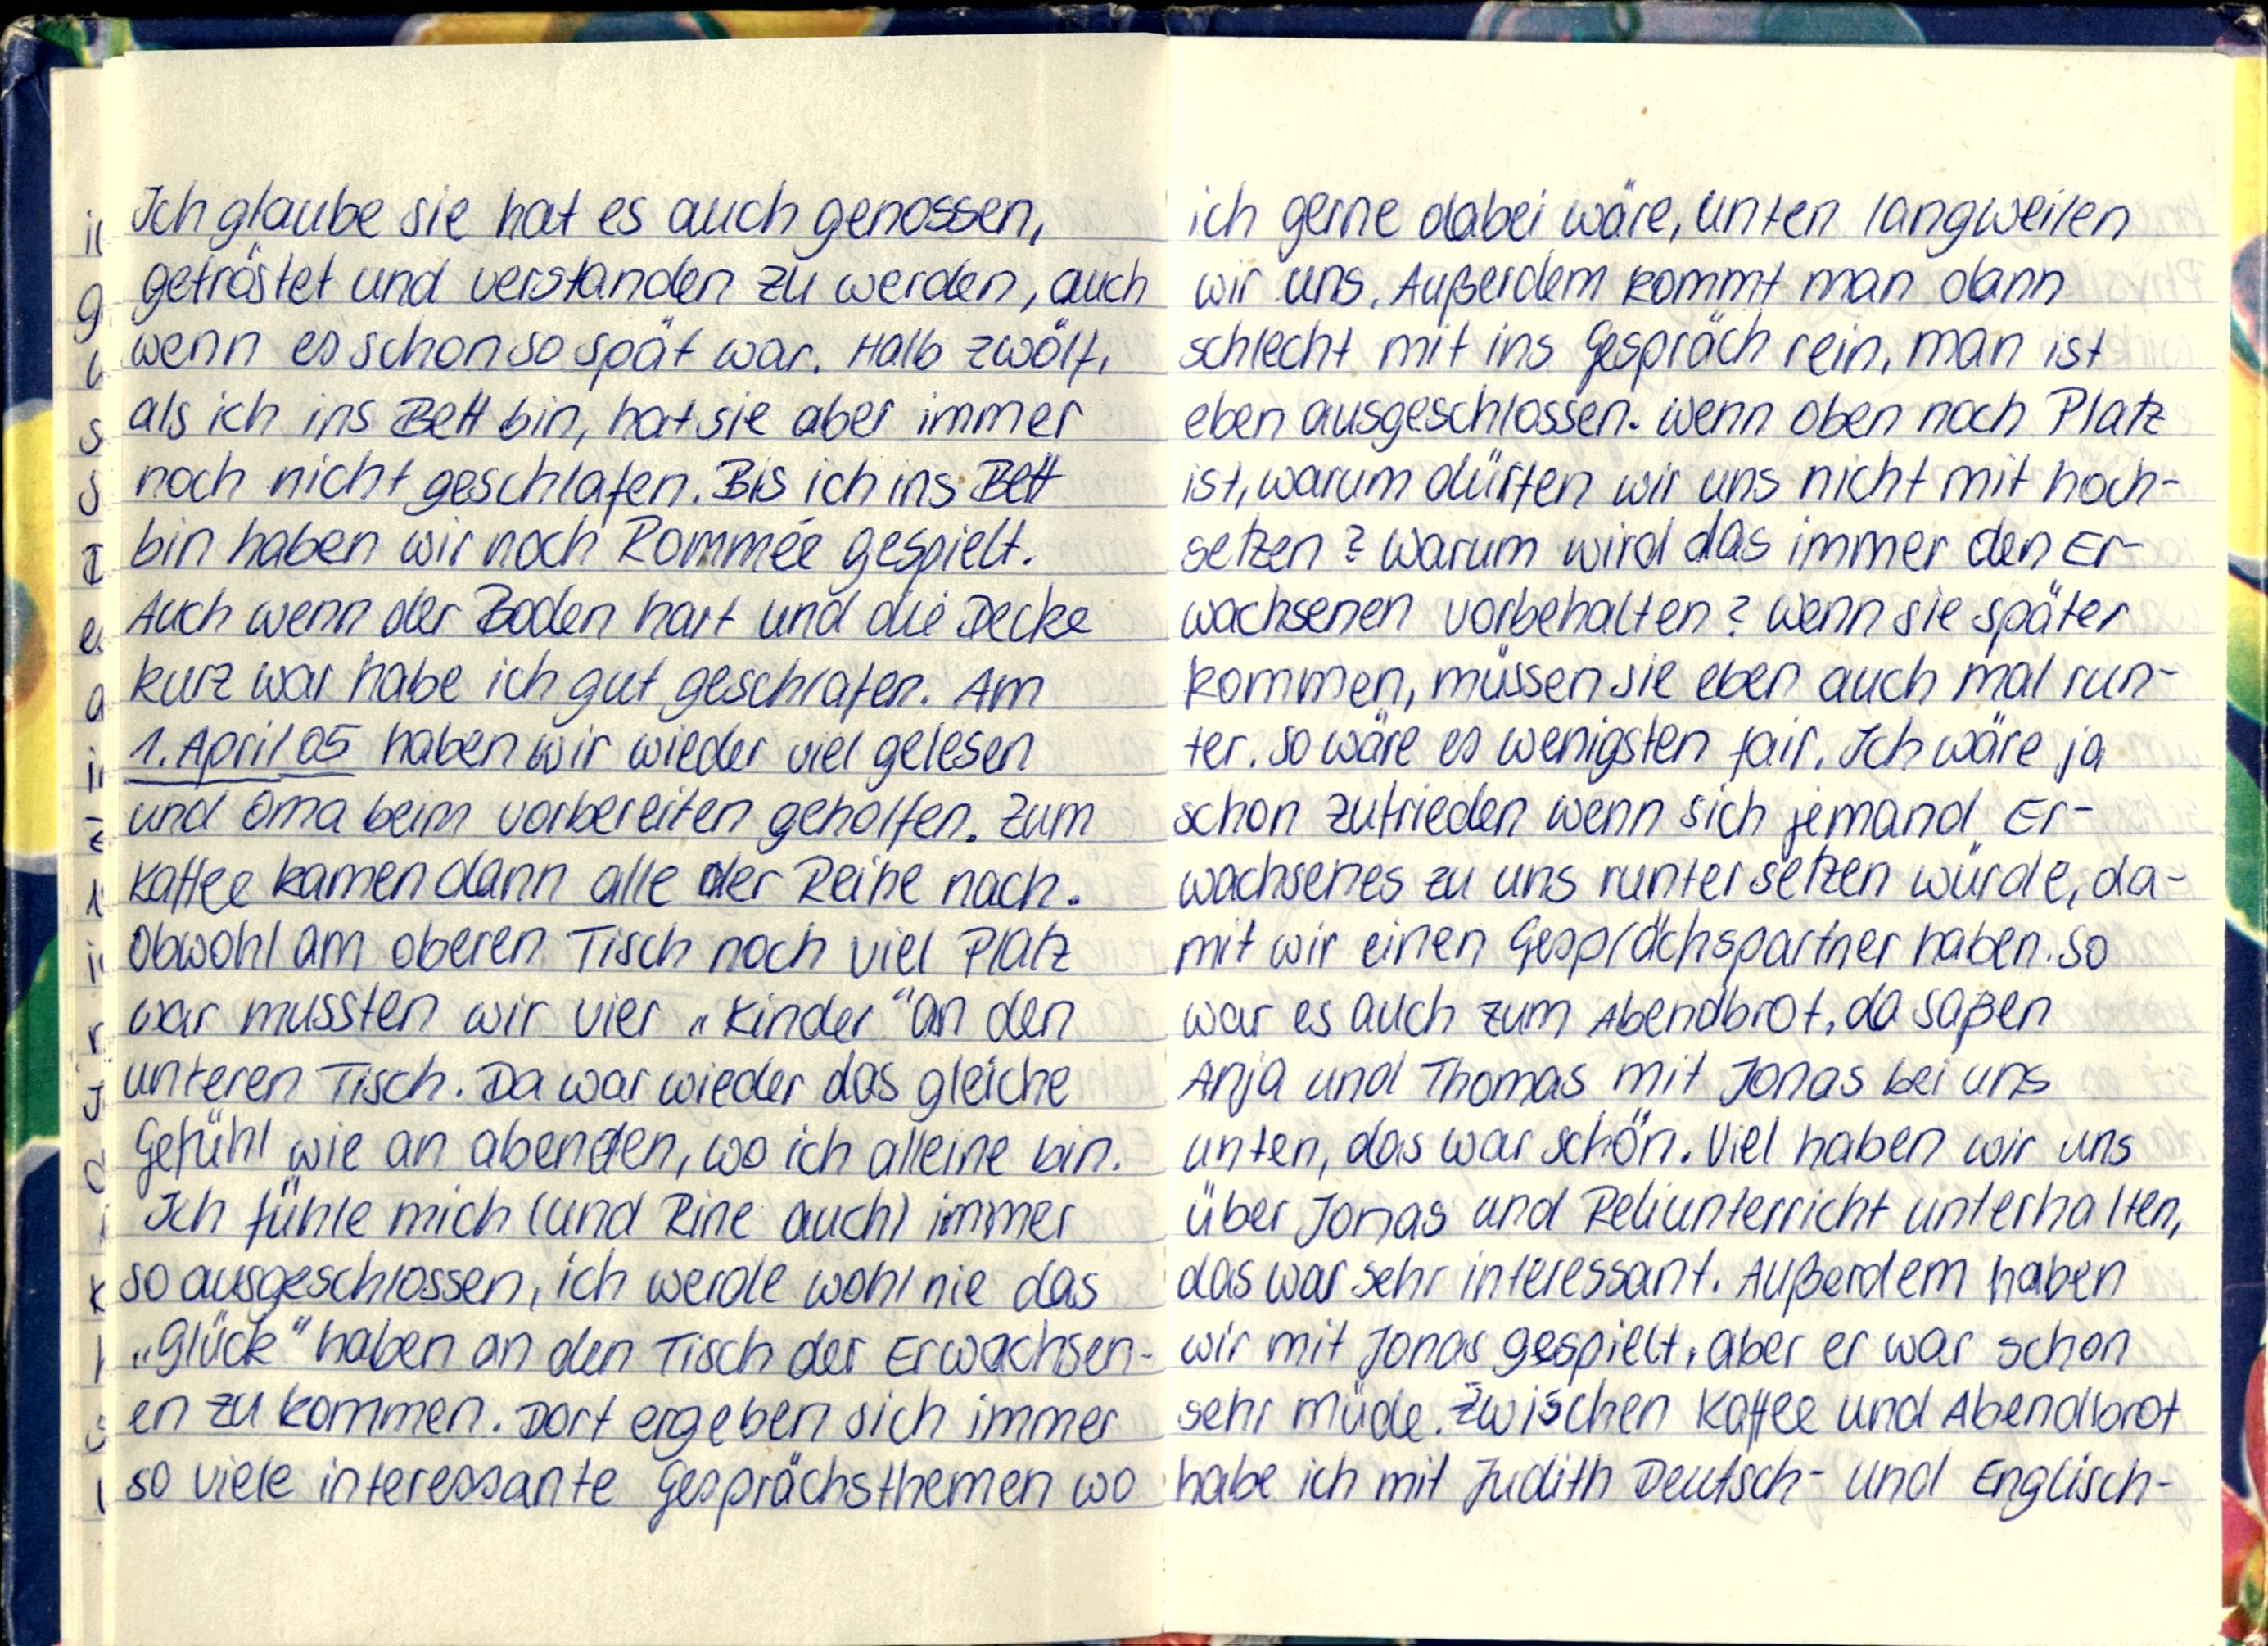
Ich glaube sie hat es auch genossen,
getröstet und verstanden zu werden, auch
wenn es schon spät war. Halb zwölf,
als ich ins Bett bin, hat sie aber immer
noch nicht geschlafen. Bis ich ins Bett
bin haben wir noch Rommée gespielt.
Auch wenn der boden hart und die Decke
kurz war habe ich gut geschlafen. Am
1.April 05 haben wir wieder viel gelesen
und Oma beim vorbereiten geholfen. Zum
Kaffee kamen dann alle der Reihe nach.
Obwohl am oberen Tisch noch viel Platz
war mussten wir vier „Kinder" an den
unteren Tisch. Da war wieder das gleiche
Gefühl wie an abenden, wo ich alleine bin.
Ich fühle mich (und Rine auch) immer
so ausgeschlossen, ich werde wohl nie das
„Glück" haben an den Tisch der Erwachsen-
en zu kommen. Dort ergeben sich immer
so viele interessante Gesprächsthemen wo

ich gerne dabei wäre, unten langweilen
wir uns. Außerdem kommt man dann
schlecht mit ins Gespräch rein, man ist
eben ausgeschlossen. Wenn oben noch Platz
ist, warum dürfen wir uns nicht mit hoch-
setzen? Warum wird das immer den Er-
wachsenen vorbehalten? Wenn sie später
kommen, müssen sie eben auch mal run-
ter. So wäre es wenigsten fair. Ich wäre ja
schon zufrieden wenn sich jemand Er-
wachsenes zu uns runtersetzen würde, da-
mit wir einen Gesprächspartner haben. So
war es auch zum Abendbrot, da saßen
Anja und Thomas mit Jonas bei uns
unten, das war schön. Viel haben wir uns
über Jonas und Reliunterricht unterhalten,
das war sehr interessant. Außerdem haben
wir mit Jonas gespielt, aber er war schon
sehr müde. Zwischen Kaffee und Abendbrot
habe ich mit Judith Deutsch- und Englisch-